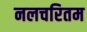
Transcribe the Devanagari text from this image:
नलचरितम